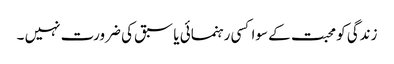
زندگی کو محبت کے سوا کسی رہنمائی یا سبق کی ضرورت نہیں ۔